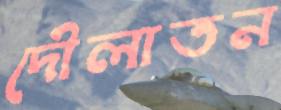
দৌলাতন